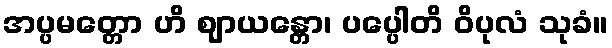
အပ္ပမတ္တော ဟိ ဈာယန္တော၊ ပပ္ပေါတိ ဝိပုလံ သုခံ။